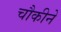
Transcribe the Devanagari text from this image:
चौकीने